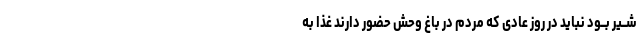
شــیر بــود نباید در روز عادى که مردم در باغ وحش حضور دارند غذا به